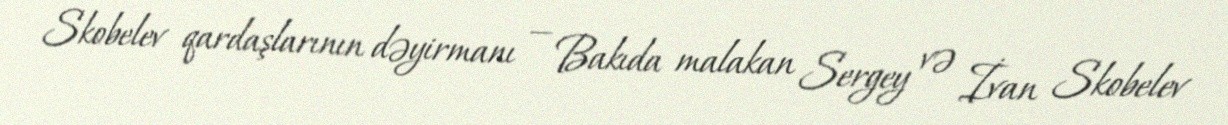
Skobelev qardaşlarının dəyirmanı — Bakıda malakan Sergey və İvan Skobelev